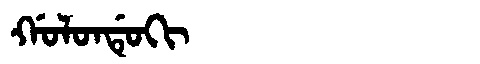
Manchu: ᡤᠣᠯᠣᠨᡩᡠᡴᡳ
Romanization: GOLONDUKI